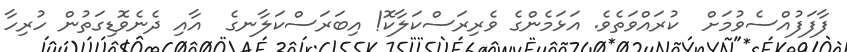
ފާފަފުއްސެވުމަށް  ކުރައްވަތެވެ. އަޅަމެންގެ ވެރިރަސްކަލާކޮ! އިބަރަސްކަލާނގެ  އާއި ދެނެވޮޑިގަތުން ހުރިހާ